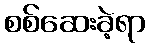
စစ်ဆေးခဲ့ရာ